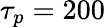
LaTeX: \tau_{p}=200